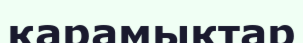
қарамықтар